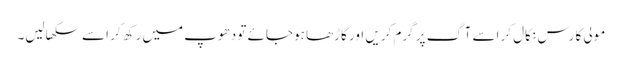
مولی کا رس نکال کر اسے آگ پر گرم کریں اور گاڑھا ہوجائے تو دھوپ میں رکھ کر اسے سکھالیں۔